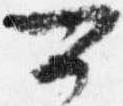
可